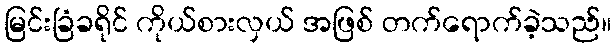
မြင်းခြံခရိုင် ကိုယ်စားလှယ် အဖြစ် တက်ရောက်ခဲ့သည်။